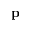
\mathbf { p }